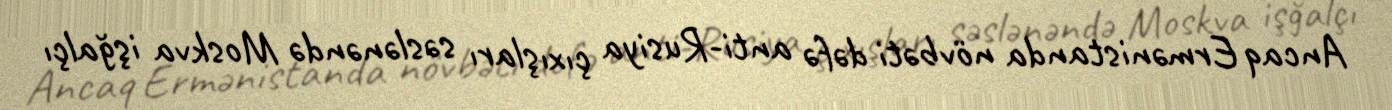
Ancaq Ermənistanda növbəti dəfə anti-Rusiya çıxışları səslənəndə Moskva işğalçı